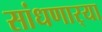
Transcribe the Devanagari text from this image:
सांधणार्‍या